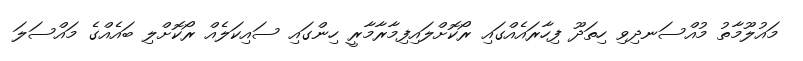
މައުލޫމާތު މުއްސަނދިވި ހިތަދޫ ފިހާރައެއްގައި ރޯކޮށްލައިފިމާރާމާރީ ހިންގައި ސައިކަލެއް ރޯކޮށްލި ބައެއްގެ މައްސަލަ